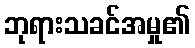
ဘုရားသခင်အမှု၏